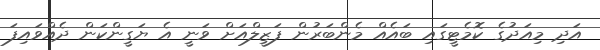
އަދި މިއަދުގެ ކޮމެޓީގައި ބައެއް މެންބަރުން ފަޒީލްއަށް ވަނީ އެ ޔަގީންކަން ދެއްވައިފަ